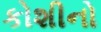
કોશીનો